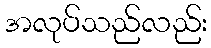
အလုပ်သည်လည်း